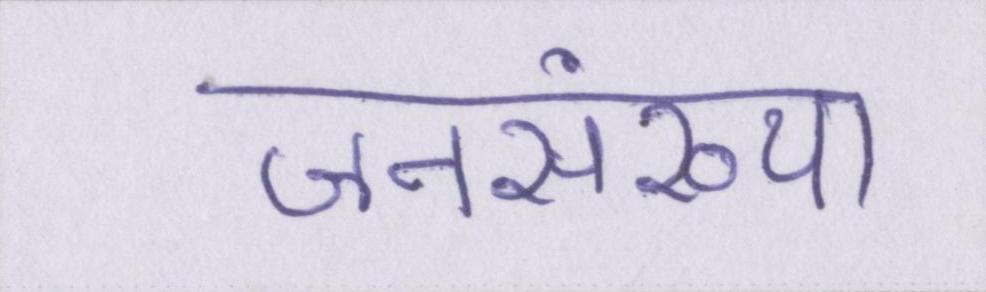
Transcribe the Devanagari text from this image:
जनसंख्या